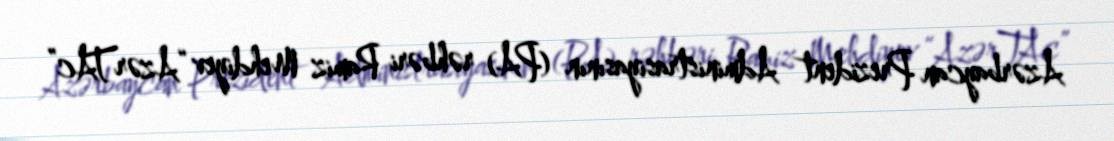
Azərbaycan Prezident Administrasiyasının (PA) rəhbəri Ramiz Mehdiyev “AzərTAc”